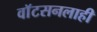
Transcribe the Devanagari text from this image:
वाॅटसनलाही